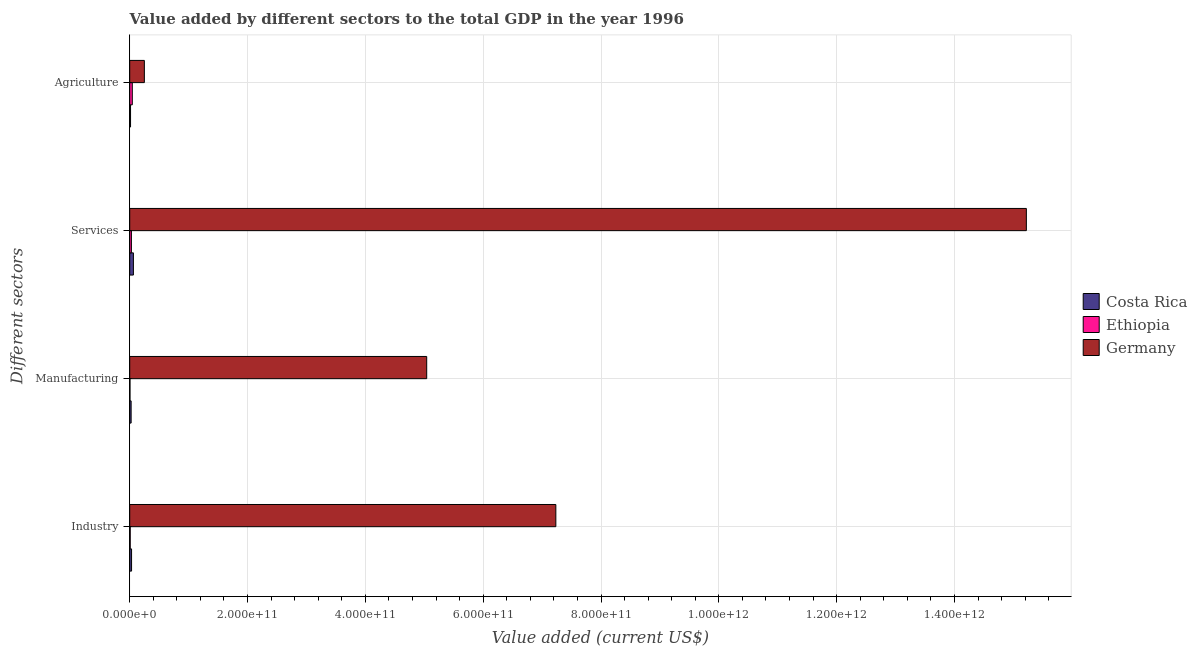
| Different sectors | Costa Rica | Ethiopia | Germany |
 | --- | --- | --- | --- |
 | Industry | 3.13e+09 | 8.36e+08 | 7.23e+11 |
 | Manufacturing | 2.38e+09 | 4.46e+08 | 5.04e+11 |
 | Services | 6.26e+09 | 2.84e+09 | 1.52e+12 |
 | Agriculture | 1.38e+09 | 4.37e+09 | 2.48e+10 |